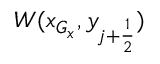
W ( x _ { G _ { x } } , y _ { j + \frac { 1 } { 2 } } )